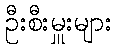
ဦးစီးမှူးများ